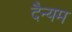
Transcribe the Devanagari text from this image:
दैन्यम